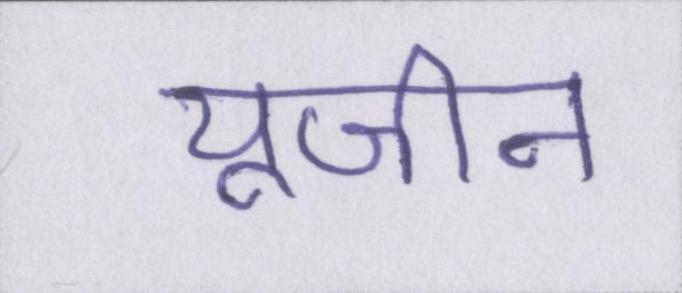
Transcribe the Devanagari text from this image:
यूजीन